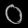
Digit: ၀